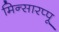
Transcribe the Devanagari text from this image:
मिन्सारप्पू